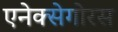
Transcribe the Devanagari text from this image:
एनेक्सेगोरस